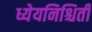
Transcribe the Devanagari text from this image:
ध्येयनिश्चिती